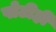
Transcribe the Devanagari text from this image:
पोटीही